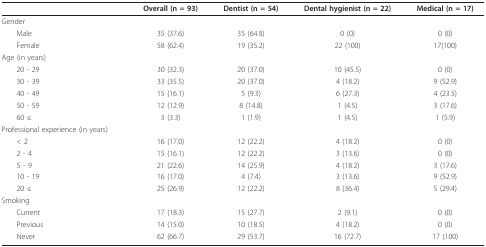
|  | Overall (n = 93) | Dentist (n = 54) | Dental hygienist (n = 22) | Medical (n = 17) |
 | --- | --- | --- | --- | --- |
 | Gender |  |  |  |  |
 | Male | 35 (37.6) | 35 (64.8) | 0 (0) | 0 (0) |
 | Female | 58 (62.4) | 19 (35.2) | 22 (100) | 17(100) |
 | Age (in years) |  |  |  |  |
 | 20 - 29 | 30 (32.3) | 20 (37.0) | 10 (45.5) | 0 (0) |
 | 30 - 39 | 33 (35.5) | 20 (37.0) | 4 (18.2) | 9 (52.9) |
 | 40 - 49 | 15 (16.1) | 5 (9.3) | 6 (27.3) | 4 (23.5) |
 | 50 - 59 | 12 (12.9) | 8 (14.8) | 1 (4.5) | 3 (17.6) |
 | 60 ≤ | 3 (3.3) | 1 (1.9) | 1 (4.5) | 1 (5.9) |
 | Professional experience (in years) |  |  |  |  |
 | < 2 | 16 (17.0) | 12 (22.2) | 4 (18.2) | 0 (0) |
 | 2 - 4 | 15 (16.1) | 12 (22.2) | 3 (13.6) | 0 (0) |
 | 5 - 9 | 21 (22.6) | 14 (25.9) | 4 (18.2) | 3 (17.6) |
 | 10 - 19 | 16 (17.0) | 4 (7.4) | 3 (13.6) | 9 (52.9) |
 | 20 ≤ | 25 (26.9) | 12 (22.2) | 8 (36.4) | 5 (29.4) |
 | Smoking |  |  |  |  |
 | Current | 17 (18.3) | 15 (27.7) | 2 (9.1) | 0 (0) |
 | Previous | 14 (15.0) | 10 (18.5) | 4 (18.2) | 0 (0) |
 | Never | 62 (66.7) | 29 (53.7) | 16 (72.7) | 17 (100) |